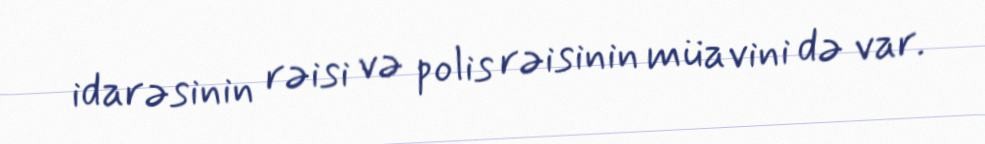
idarəsinin rəisi və polis rəisinin müavini də var.